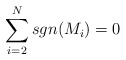
\begin{align*}\sum_{i=2}^{N} sgn(M_i)=0 \end{align*}